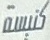
كنیسة